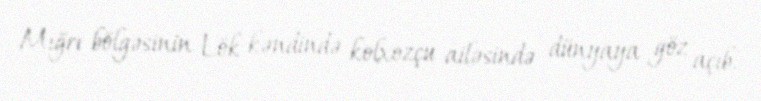
Mığrı bölgəsinin Lök kəndində kolxozçu ailəsində dünyaya göz açıb.